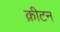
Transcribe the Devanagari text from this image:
क्रीटन